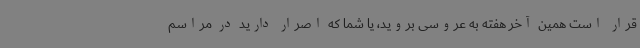
قرار است همین آخر هفته به عروسی بروید، یا شما که اصرار دارید در مراسم